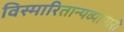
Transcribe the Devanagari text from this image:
विस्मारितान्यव्यापारो